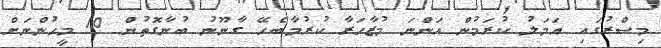
މިސްރުގައި އަމަލު ކުރަމުން އަންނަ މުޒާހަރާ ކުރުމާބެހޭ ގާނޫނު ބުނާގޮތުން 10 މީހުންނަށް